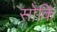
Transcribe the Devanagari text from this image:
सोकि